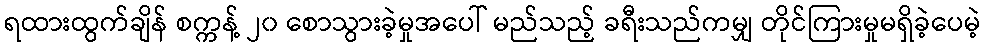
ရထားထွက်ချိန် စက္ကန့် ၂၀ စောသွားခဲ့မှုအပေါ် မည်သည့် ခရီးသည်ကမျှ တိုင်ကြားမှုမရှိခဲ့ပေမဲ့